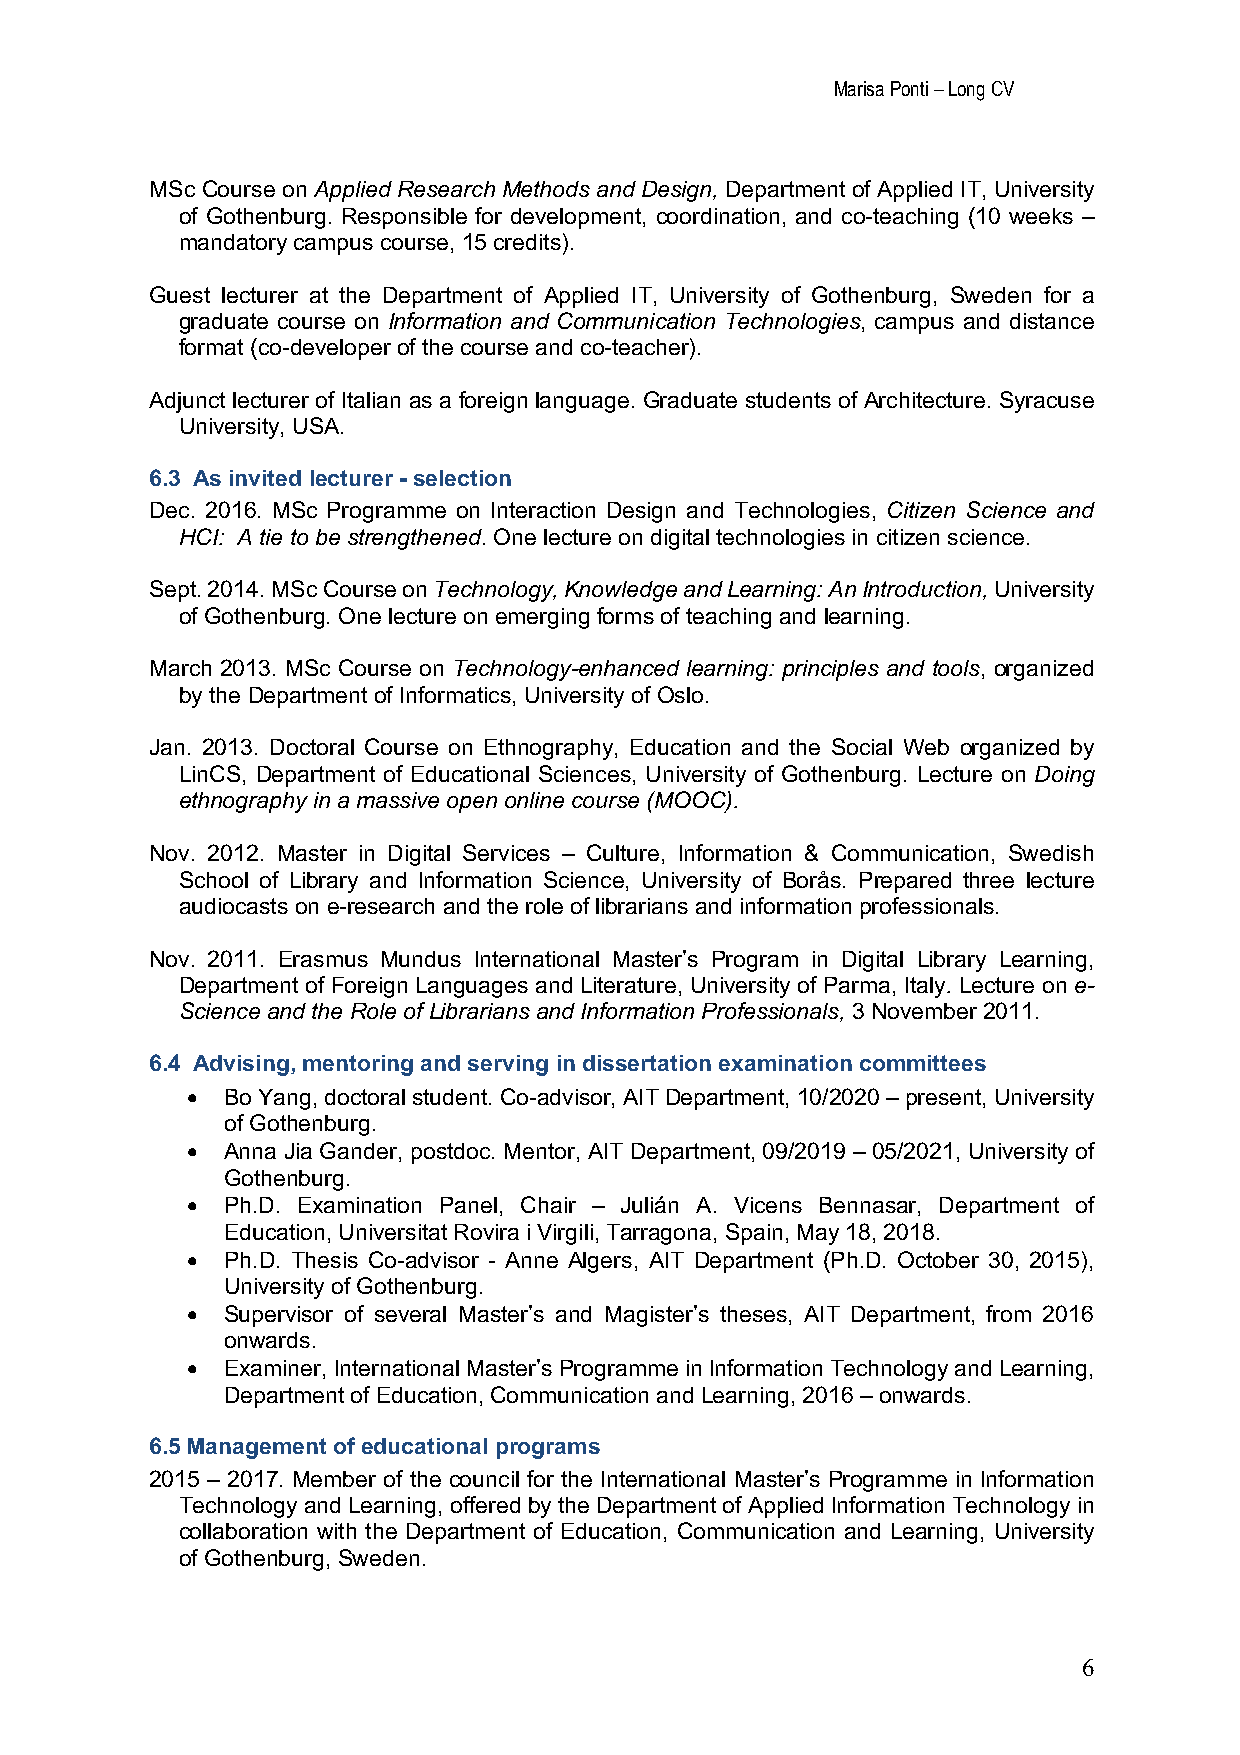
Marisa Ponti – Long CV
 MSc Course on Applied Research Methods and Design, Department of Applied IT, University
 of Gothenburg. Responsible for development, coordination, and co-teaching (10 weeks –
 mandatory campus course, 15 credits).
 Guest lecturer at the Department of Applied IT, University of Gothenburg, Sweden for a
 graduate course on Information and Communication Technologies, campus and distance
 format (co-developer of the course and co-teacher).
 Adjunct lecturer of Italian as a foreign language. Graduate students of Architecture. Syracuse
 University, USA.
 6.3 As invited lecturer - selection
 Dec. 2016. MSc Programme on Interaction Design and Technologies, Citizen Science and
 HCI: A tie to be strengthened. One lecture on digital technologies in citizen science.
 Sept. 2014. MSc Course on Technology, Knowledge and Learning: An Introduction, University
 of Gothenburg. One lecture on emerging forms of teaching and learning.
 March 2013. MSc Course on Technology-enhanced learning: principles and tools, organized
 by the Department of Informatics, University of Oslo.
 Jan. 2013. Doctoral Course on Ethnography, Education and the Social Web organized by
 LinCS, Department of Educational Sciences, University of Gothenburg. Lecture on Doing
 ethnography in a massive open online course (MOOC).
 Nov. 2012. Master in Digital Services – Culture, Information & Communication, Swedish
 School of Library and Information Science, University of Borås. Prepared three lecture
 audiocasts on e-research and the role of librarians and information professionals.
 Nov. 2011. Erasmus Mundus International Master’s Program in Digital Library Learning,
 Department of Foreign Languages and Literature, University of Parma, Italy. Lecture on e-
 Science and the Role of Librarians and Information Professionals, 3 November 2011.
 6.4 Advising, mentoring and serving in dissertation examination committees
 •  Bo Yang, doctoral student. Co-advisor, AIT Department, 10/2020 – present, University
 of Gothenburg.
 •  Anna Jia Gander, postdoc. Mentor, AIT Department, 09/2019 – 05/2021, University of
 Gothenburg.
 •  Ph.D. Examination Panel, Chair – Julián A. Vicens Bennasar, Department of
 Education, Universitat Rovira i Virgili, Tarragona, Spain, May 18, 2018.
 •  Ph.D. Thesis Co-advisor - Anne Algers, AIT Department (Ph.D. October 30, 2015),
 University of Gothenburg.
 •  Supervisor of several Master’s and Magister’s theses, AIT Department, from 2016
 onwards.
 •  Examiner, International Master’s Programme in Information Technology and Learning,
 Department of Education, Communication and Learning, 2016 – onwards.
 6.5 Management of educational programs
 2015 – 2017. Member of the council for the International Master’s Programme in Information
 Technology and Learning, offered by the Department of Applied Information Technology in
 collaboration with the Department of Education, Communication and Learning, University
 of Gothenburg, Sweden.
 6